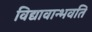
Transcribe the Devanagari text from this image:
विद्यावान्भवति